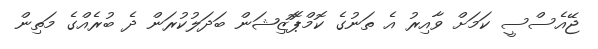
ޖޭއެސްސީ ކަމަށް ވާއިރު އެ ތަނުގެ ކޮމްޕޮޮޒިޝަން ބަދަލުކުރަން ދެ ބުރެއްގެ މަތިން